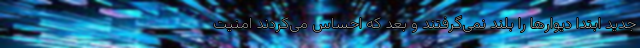
جدید ابتدا دیوارها را بلند نمی‌گرفتند و بعد که احساس می‌کردند امنیت